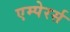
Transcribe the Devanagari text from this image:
एम्पेरर्स